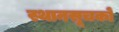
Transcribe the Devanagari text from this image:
स्थानसूचकों